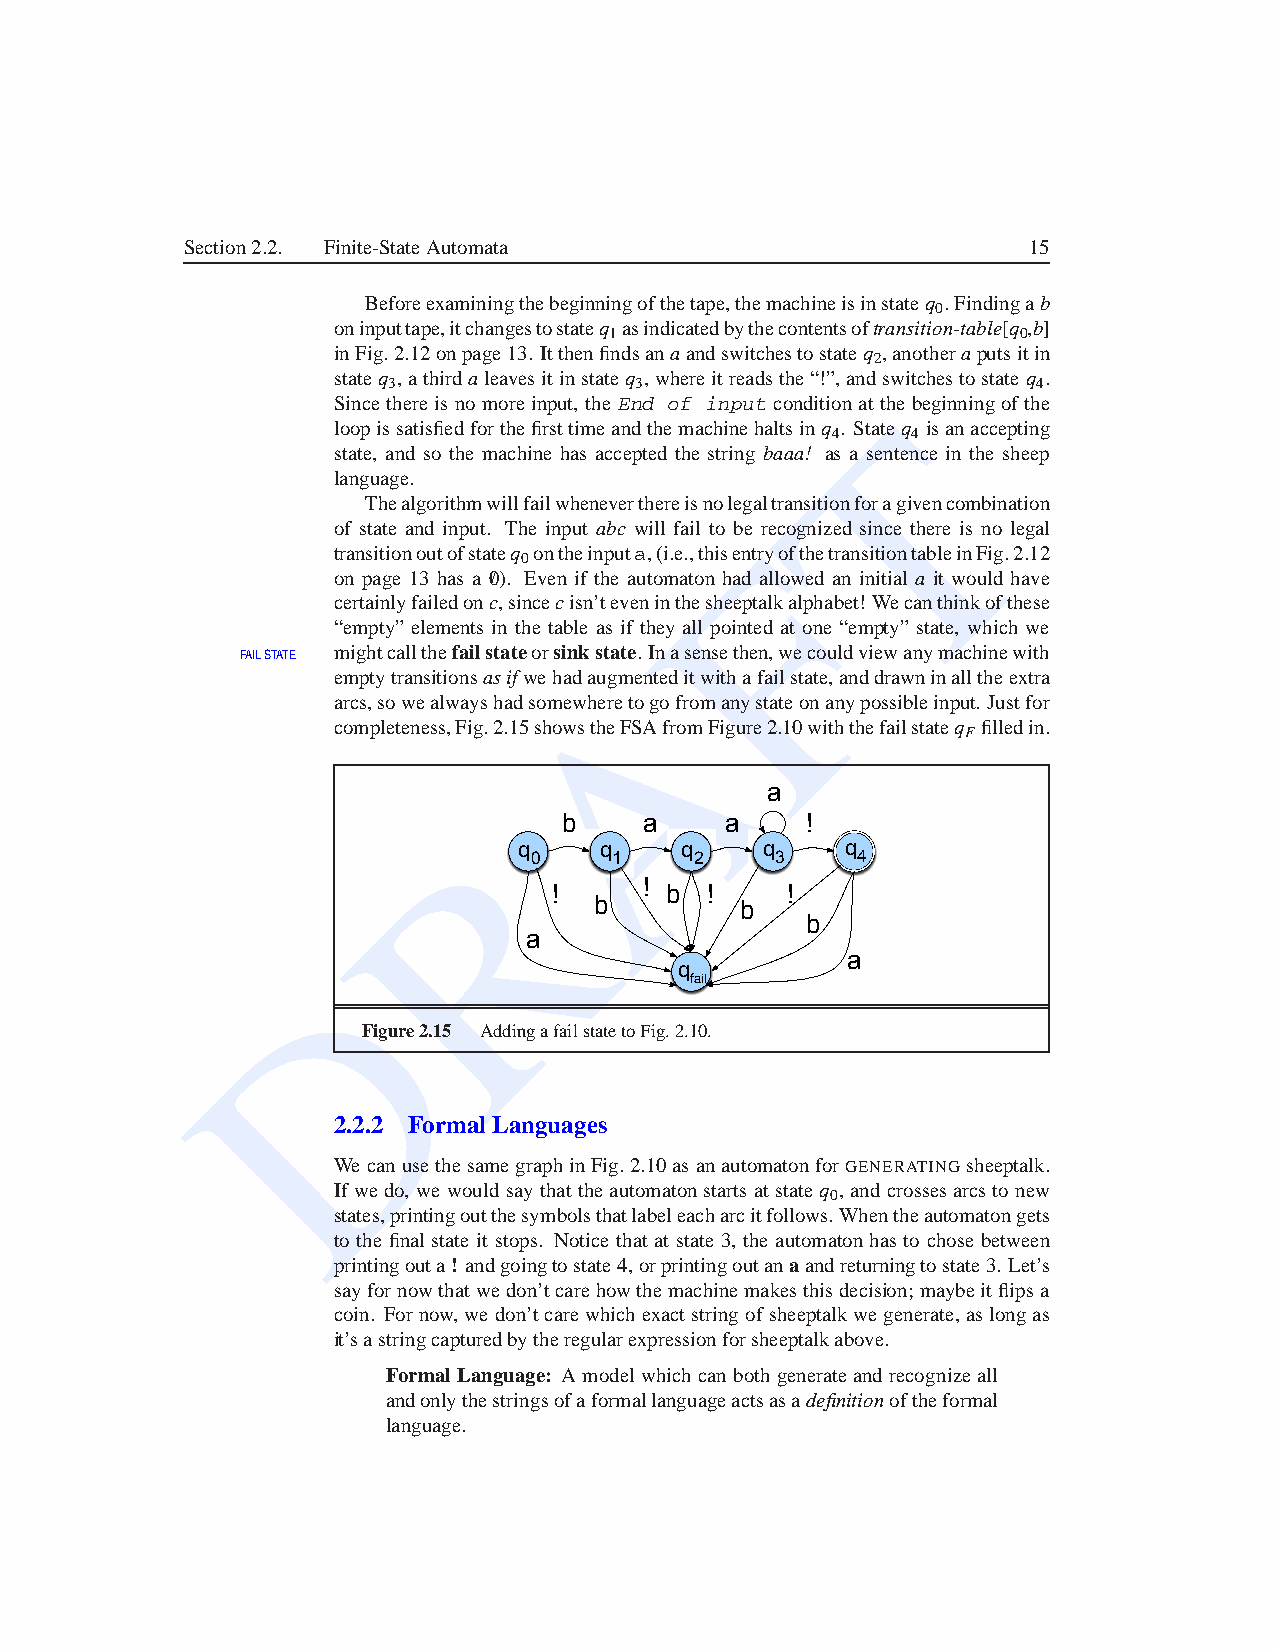
Section2.2. Finite-StateAutomata                        15
 Beforeexaminingthebeginningofthetape,themachineisinstateq . Findingab
 0
 oninputtape,itchangestostateq asindicatedbythecontentsoftransition-table[q ,b]
 1                          0
 inFig.2.12onpage13. Itthenfindsanaandswitchestostateq ,anotheraputsitin
 2
 stateq ,athirdaleavesitinstateq ,whereitreadsthe“!”,andswitchestostateq .
 3               3                          4
 Since there is no more input, the End of input conditionatTthe beginningof the
 loopissatisfiedforthefirsttimeandthemachinehaltsinq . Stateq isanaccepting
 4    4
 state, and so the machine has accepted the string baaa! as a sentence in the sheep
 language.
 Thealgorithmwillfailwheneverthereisnolegaltransitionforagivencombination
 of state and input. The input abc will fail to be recognized since there is no legal
 F
 transitionoutofstateq ontheinputa,(i.e.,thisentryofthetransitiontableinFig.2.12
 0
 on page 13 has a 0/). Even if the automaton had allowed an initial a it would have
 certainlyfailedonc,sincecisn’teveninthesheeptalkalphabet!Wecanthinkofthese
 “empty” elements in the table as if they all pointed at one “empty” state, which we
 FAILSTATE mightcallthefailstateorsinksta Ate.Inasensethen,wecouldviewanymachinewith
 emptytransitionsasifwehadaugmenteditwithafailstate,anddrawninalltheextra
 arcs,sowealwayshadsomewheretogofromanystateonanypossibleinput. Justfor
 completeness,Fig.2.15showstheFSAfromFigure2.10withthefailstateq filledin.
 F
 a
 R      b     a    a    !
 q     q    q     q    q
 0     1    2    3     4
 !
 !      b  !    !
 b         b
 b
 a
 a
 D                        q
 fail
 Figure2.15 AddingafailstatetoFig.2.10.
 2.2.2 FormalLanguages
 We canusethesamegraphinFig.2.10asanautomatonforGENERATING sheeptalk.
 If we do, we wouldsay that the automatonstarts atstate q , and crossesarcs to new
 0
 states,printingoutthesymbolsthatlabeleacharcitfollows.Whentheautomatongets
 to the final state it stops. Notice that at state 3, the automatonhas to chose between
 printingouta! andgoingtostate4,orprintingoutanaandreturningtostate3. Let’s
 sayfornowthatwedon’tcarehowthemachinemakesthisdecision;maybeitflipsa
 coin. Fornow,wedon’tcarewhichexactstringofsheeptalkwe generate,aslongas
 it’sastringcapturedbytheregularexpressionforsheeptalkabove.
 FormalLanguage: A modelwhich can both generateand recognizeall
 andonlythestringsofaformallanguageactsasadefinitionoftheformal
 language.